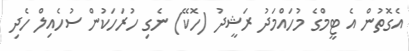
އެގޮތުން އެ ޓީމްގެ މުހައްމަދު ރަޝީދު (ހޮކޭ) ނެގި ހުރަހަކުން ސުހެއިލް ހެދި